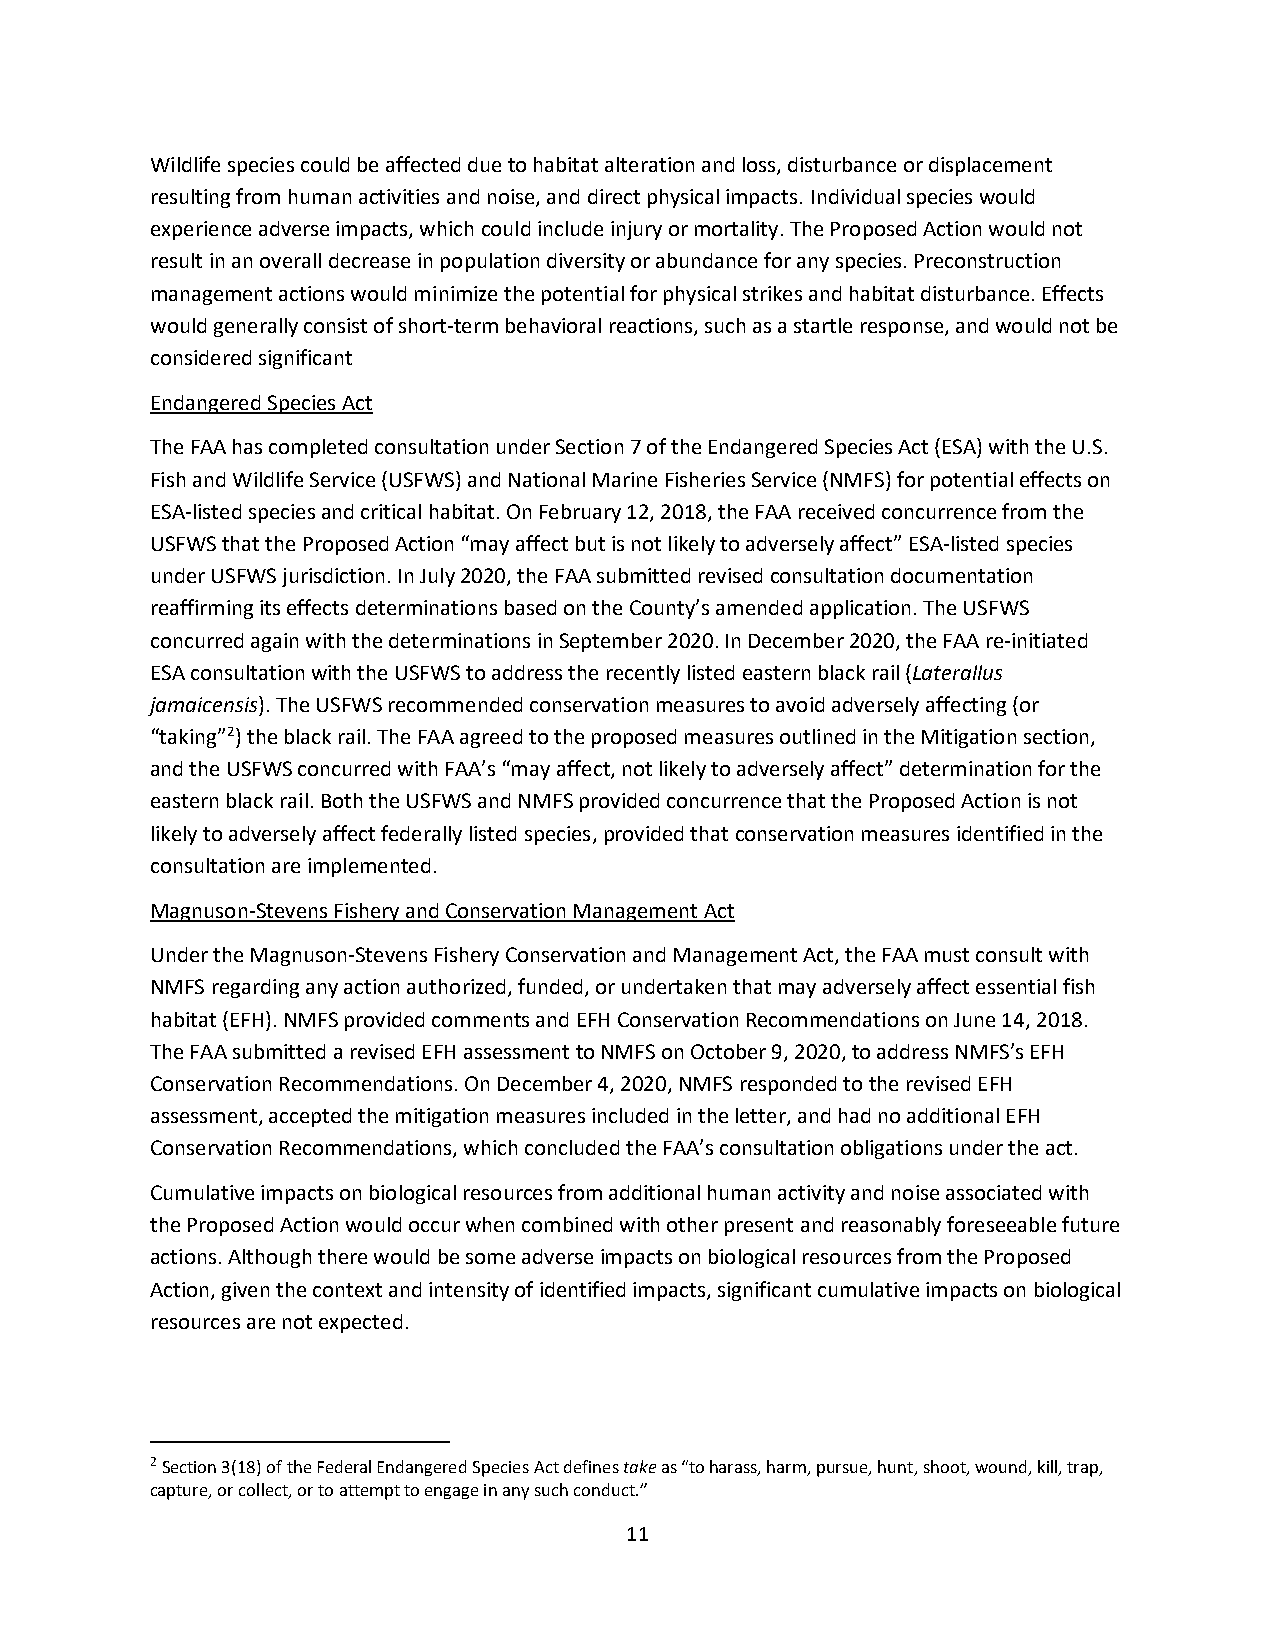
Wildlife species could be affected due to habitat alteration and loss, disturbance or displacement
 resulting from human activities and noise, and direct physical impacts. Individual species would
 experience adverse impacts, which could include injury or mortality. The Proposed Action would not
 result in an overall decrease in population diversity or abundance for any species. Preconstruction
 management actions would minimize the potential for physical strikes and habitat disturbance. Effects
 would generally consist of short-term behavioral reactions, such as a startle response, and would not be
 considered significant
 Endangered Species Act
 The FAA has completed consultation under Section 7 of the Endangered Species Act (ESA) with the U.S.
 Fish and Wildlife Service (USFWS) and National Marine Fisheries Service (NMFS) for potential effects on
 ESA-listed species and critical habitat. On February 12, 2018, the FAA received concurrence from the
 USFWS that the Proposed Action “may affect but is not likely to adversely affect” ESA-listed species
 under USFWS jurisdiction. In July 2020, the FAA submitted revised consultation documentation
 reaffirming its effects determinations based on the County’s amended application. The USFWS
 concurred again with the determinations in September 2020. In December 2020, the FAA re-initiated
 ESA consultation with the USFWS to address the recently listed eastern black rail (Laterallus
 jamaicensis). The USFWS recommended conservation measures to avoid adversely affecting (or
 “taking”2) the black rail. The FAA agreed to the proposed measures outlined in the Mitigation section,
 and the USFWS concurred with FAA’s “may affect, not likely to adversely affect” determination for the
 eastern black rail. Both the USFWS and NMFS provided concurrence that the Proposed Action is not
 likely to adversely affect federally listed species, provided that conservation measures identified in the
 consultation are implemented.
 Magnuson-Stevens Fishery and Conservation Management Act
 Under the Magnuson-Stevens Fishery Conservation and Management Act, the FAA must consult with
 NMFS regarding any action authorized, funded, or undertaken that may adversely affect essential fish
 habitat (EFH). NMFS provided comments and EFH Conservation Recommendations on June 14, 2018.
 The FAA submitted a revised EFH assessment to NMFS on October 9, 2020, to address NMFS’s EFH
 Conservation Recommendations. On December 4, 2020, NMFS responded to the revised EFH
 assessment, accepted the mitigation measures included in the letter, and had no additional EFH
 Conservation Recommendations, which concluded the FAA’s consultation obligations under the act.
 Cumulative impacts on biological resources from additional human activity and noise associated with
 the Proposed Action would occur when combined with other present and reasonably foreseeable future
 actions. Although there would be some adverse impacts on biological resources from the Proposed
 Action, given the context and intensity of identified impacts, significant cumulative impacts on biological
 resources are not expected.
 2 Section 3(18) of the Federal Endangered Species Act defines take as “to harass, harm, pursue, hunt, shoot, wound, kill, trap,
 capture, or collect, or to attempt to engage in any such conduct.”
 11